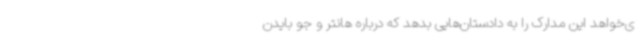
ی‌خواهد این مدارک را به دادستان‌هایی بدهد که درباره هانتر و جو بایدن